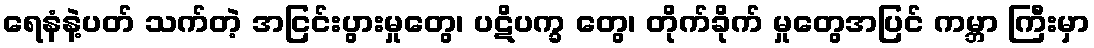
ရေနံနဲ့ပတ် သက်တဲ့ အငြင်းပွားမှုတွေ၊ ပဋိပက္ခ တွေ၊ တိုက်ခိုက် မှုတွေအပြင် ကမ္ဘာ ကြီးမှာ